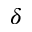
\delta